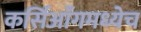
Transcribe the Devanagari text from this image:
कर्सिआँगमध्येच